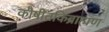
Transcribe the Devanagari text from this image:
कौषीतकिब्राह्मण